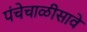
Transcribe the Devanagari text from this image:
पंचेचाळीसावे